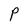
Character: P